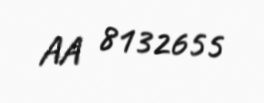
AA 8132655